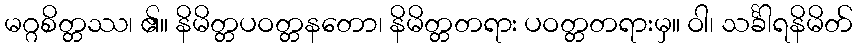
မဂ္ဂစိတ္တဿ၊ ၏။ နိမိတ္တပဝတ္တနတော၊ နိမိတ္တတရား ပဝတ္တတရားမှ။ ဝါ၊ သင်္ခါရနိမိတ်